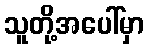
သူတို့အပေါ်မှာ